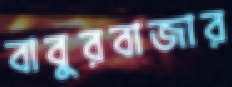
বাবুরবাজার